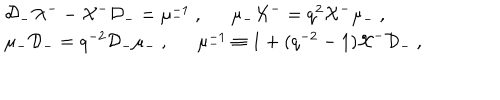
\begin{array} { l } { { { \cal D } _ { - } { \cal X } ^ { -- } { \cal X } ^ { - } { \cal D } _ { - } = \mu _ { - } ^ { - 1 } ~ , \mu _ { - } { \cal X } ^ { - } = q ^ { 2 } { \cal X } ^ { - } \mu _ { - } ~ , } } \\ { { \mu _ { - } { \cal D } _ { - } = q ^ { - 2 } { \cal D } _ { - } \mu _ { - } ~ , \mu _ { - } ^ { - 1 } \equiv 1 + ( q ^ { - 2 } - 1 ) { \cal X } ^ { - } { \cal D } _ { - } ~ , } } \\ \end{array}